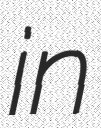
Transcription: in